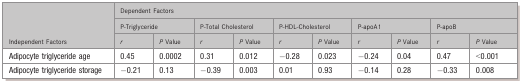
| <ROWSPAN=3> Independent Factors | <COLSPAN=10> Dependent Factors |
 | <COLSPAN=2> P‐Triglyceride | <COLSPAN=2> P‐Total Cholesterol | <COLSPAN=2> P‐HDL‐Cholesterol | <COLSPAN=2> P‐apoA1 | <COLSPAN=2> P‐apoB |
 | r | P Value | r | P Value | r | P Value | r | P Value | r | P Value |
 | --- | --- | --- | --- | --- | --- | --- | --- | --- | --- | --- |
 | Adipocyte triglyceride age | 0.45 | 0.0002 | 0.31 | 0.012 | −0.28 | 0.023 | −0.24 | 0.04 | 0.47 | <0.001 |
 | Adipocyte triglyceride storage | −0.21 | 0.13 | −0.39 | 0.003 | 0.01 | 0.93 | −0.14 | 0.28 | −0.33 | 0.008 |